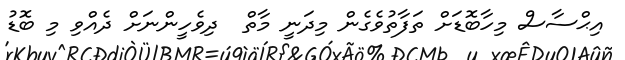
އިޙްސާސް މިހާބޮޑަށް ތަފާތުވެގެން މިދަނީ މާތް  ދިވެހީންނަށް ދެއްވި މި ބޮޑު